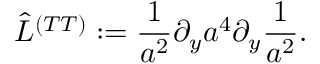
\hat { L } ^ { ( T T ) } : = { \frac { 1 } { a ^ { 2 } } } \partial _ { y } a ^ { 4 } \partial _ { y } { \frac { 1 } { a ^ { 2 } } } .